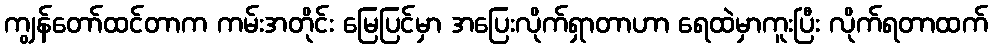
ကျွန်တော်ထင်တာက ကမ်းအတိုင်း မြေပြင်မှာ အပြေးလိုက်ရှာတာဟာ ရေထဲမှာကူးပြီး လိုက်ရတာထက်